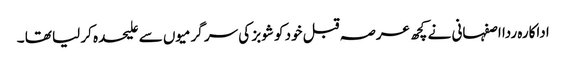
اداکارہ ردا اصفہانی نے کچھ عرصہ قبل خود کو شوبز کی سر گرمیوں سے علیحدہ کر لیا تھا ۔